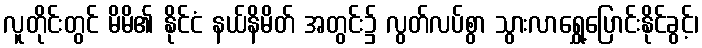
လူတိုင်းတွင် မိမိ၏ နိုင်ငံ နယ်နိမိတ် အတွင်း၌ လွတ်လပ်စွာ သွားလာရွှေ့ပြောင်းနိုင်ခွင့်၊